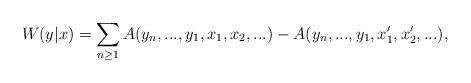
LaTeX: \begin{align*} W(y|x)=\sum_{n\geq 1}A(y_n,...,y_1,x_1,x_2,...)-A(y_n,...,y_1,x_1',x_2',...), \end{align*}